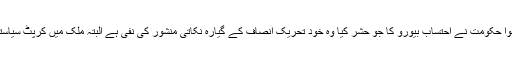
عمران خان اگرچے کرپٹ آدمی نہیں ہے اور نہ ہی اس پر کرپشن کا الزام ہے مگر خیبر پختونخوا حکومت نے احتساب بیورو کا جو حشر کیا وہ خود تحریک انصاف کے گیارہ نکاتی منشور کی نفی ہے البتہ ملک میں کرپٹ سیاستدانوں کے خلاف مہم جوئی میں عمران خان تاریخ پاکستان میں سرفہرست شخصیت بن چکا ہے۔